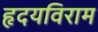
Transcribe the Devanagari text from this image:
हृदयविराम